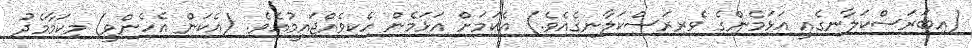
(އިބަރަސްކަލާނގެއީ އަޅަމެންގެ ވެރިރަސްކަލާނގެއެވެ.) އެކަމަށް އަޅަމެން ހެކިވެއްޖައީމުއެވެ. (އެކަން އެހެންވީ) މިކަމާމެދު